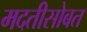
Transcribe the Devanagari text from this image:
मदतीसोबत